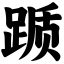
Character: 踬